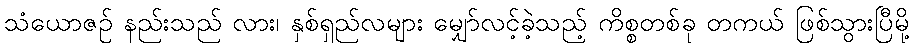
သံယောဇဉ် နည်းသည် လား၊ နှစ်ရှည်လများ မျှော်လင့်ခဲ့သည့် ကိစ္စတစ်ခု တကယ် ဖြစ်သွားပြီမို့